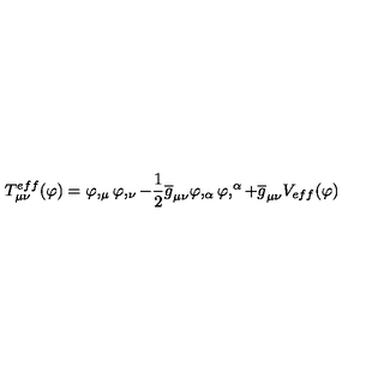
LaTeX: T _ { \mu \nu } ^ { e f f } ( \varphi ) = \varphi , _ { \mu } \varphi , _ { \nu } - \frac { 1 } { 2 } \overline { { g } } _ { \mu \nu } \varphi , _ { \alpha } \varphi , ^ { \alpha } + \overline { { g } } _ { \mu \nu } V _ { e f f } ( \varphi )